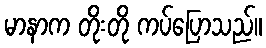
မာနာက တိုးတို ကပ်ပြောသည်။